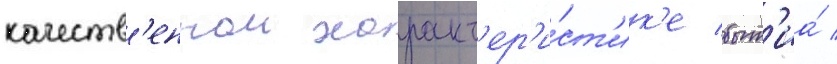
качеств'еннои характ'ер'и́ст'ик'е быт'иа́ /